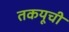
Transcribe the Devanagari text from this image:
तकयूची